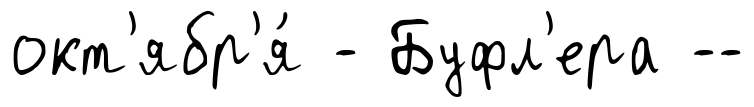
окт'ябр'я́ - Буфл'ера --